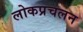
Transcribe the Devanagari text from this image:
लोकप्रचलन